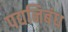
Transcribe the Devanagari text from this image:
पद्यनिबंध